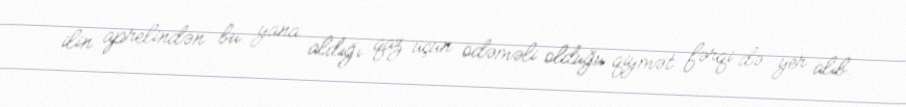
ilin aprelindən bu yana aldığı qaz üçün ödəməli olduğu qiymət fərqi də yer alıb.